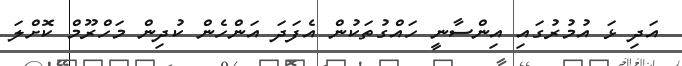
އަދި ޅަ އުމުރުގައި އިންސާނީ ހައްގުތަކުން އެފަދަ އަންހެން ކުދިން މަހްރޫމް ކޮށްލަ